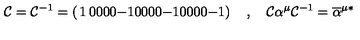
{ \cal C } = { \cal C } ^ { - 1 } = \left( \begin{matrix} { 1 } & { 0 } & { 0 } & { 0 } \\ { 0 } & { - 1 } & { 0 } & { 0 } \\ { 0 } & { 0 } & { - 1 } & { 0 } \\ { 0 } & { 0 } & { 0 } & { - 1 } \\ \end{matrix} \right) \quad , \quad { \cal C } \alpha ^ { \mu } { \cal C } ^ { - 1 } = \overline { { \alpha } } ^ { \mu \ast }